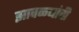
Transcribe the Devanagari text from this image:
झावळ्यांची